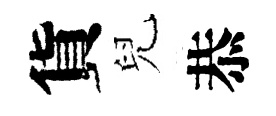
貨兒恭